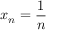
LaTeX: x _ { n } = { \frac { 1 } { n } }